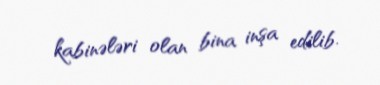
kabinələri olan bina inşa edilib.